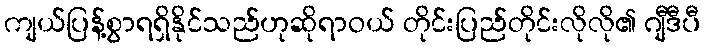
ကျယ်ပြန့်စွာရရှိနိုင်သည်ဟုဆိုရာဝယ် တိုင်းပြည်တိုင်းလိုလို၏ ဂျီဒီပီ